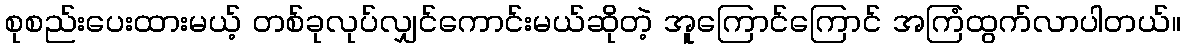
စုစည်းပေးထားမယ့် တစ်ခုလုပ်လျှင်ကောင်းမယ်ဆိုတဲ့ အူကြောင်ကြောင် အကြံထွက်လာပါတယ်။